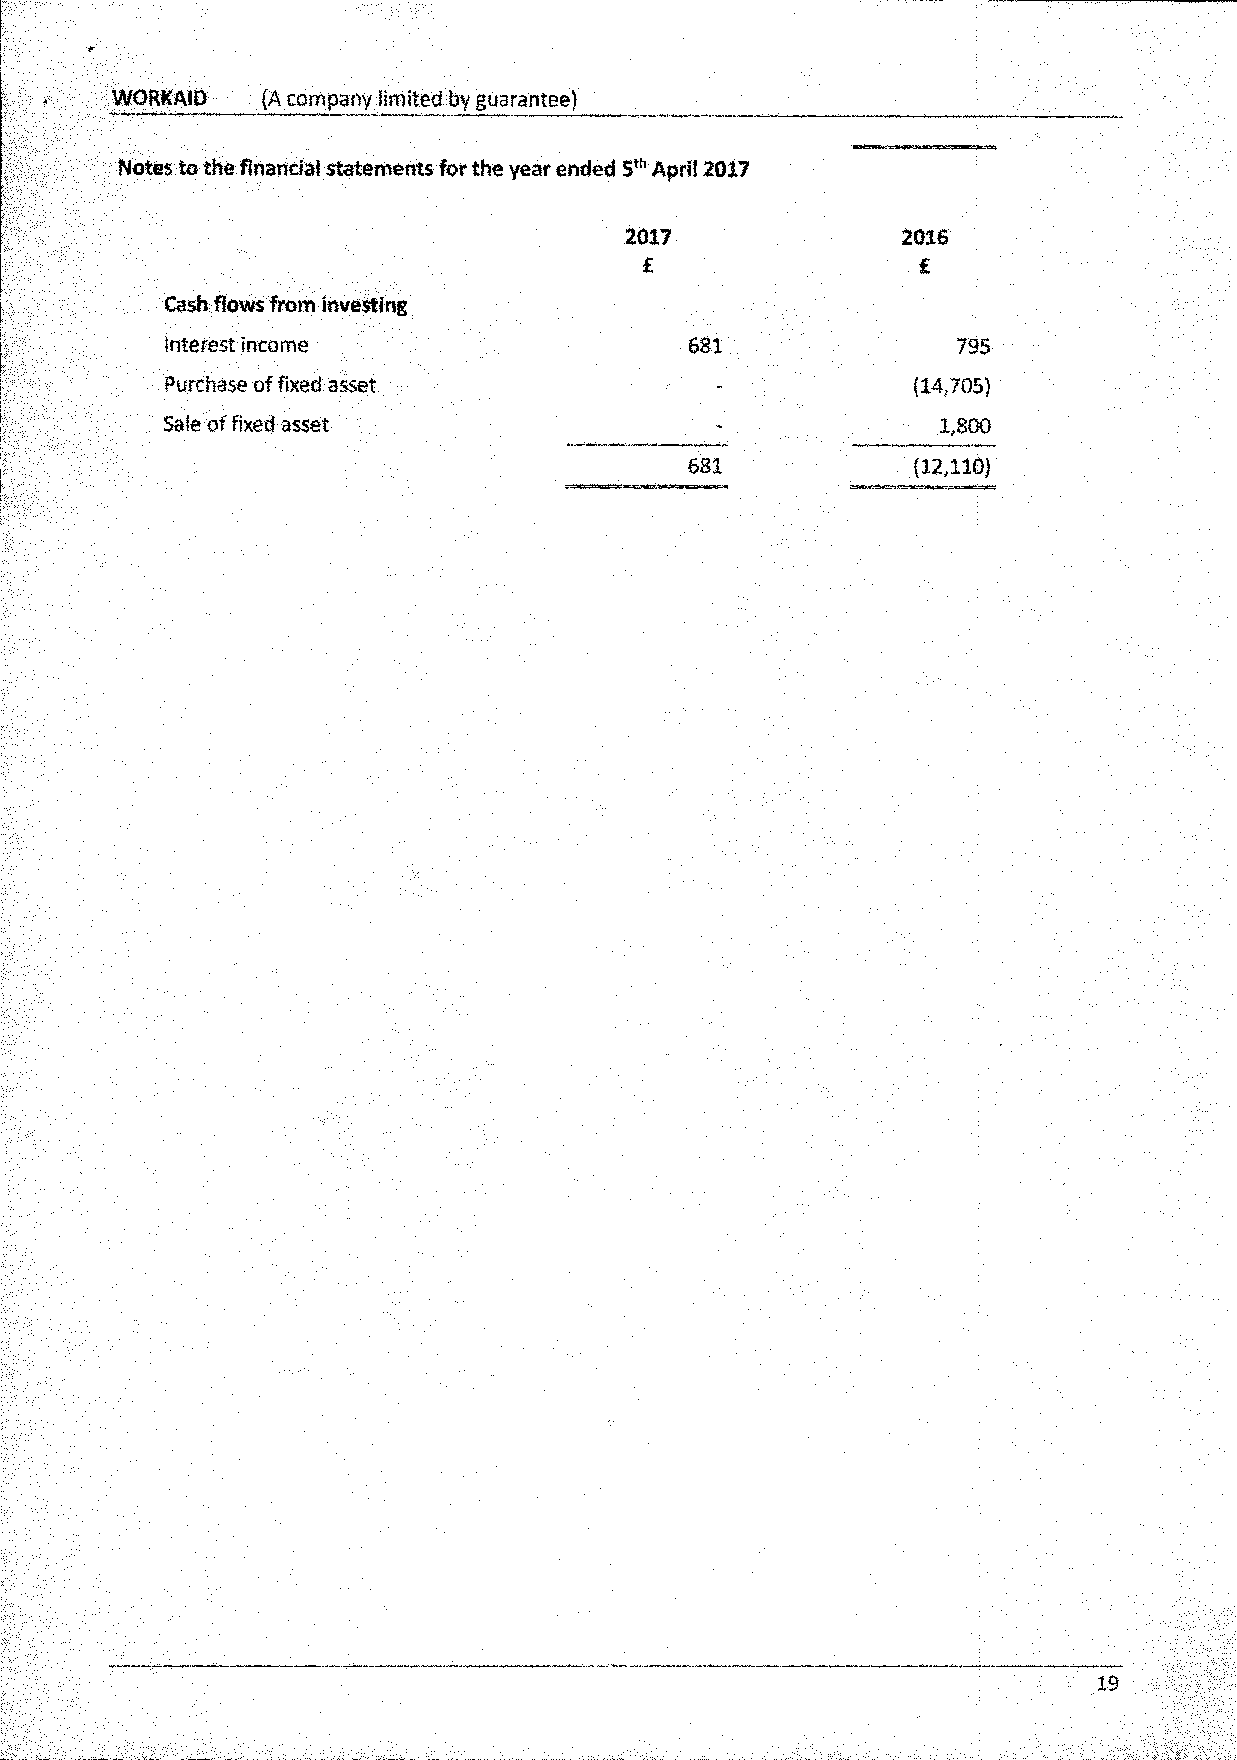
WORKAID   (A company limited by guarantee)
 Notes to the financial statements for the year ended 5* April 2017
 2017               2016
 £                  £
 Cash flows from investing
 Interest income                   681               795
 Purchase of fixed asset             -            (14,705)
 Sale of fixed asset                 -              1,800
 681            (12,110)